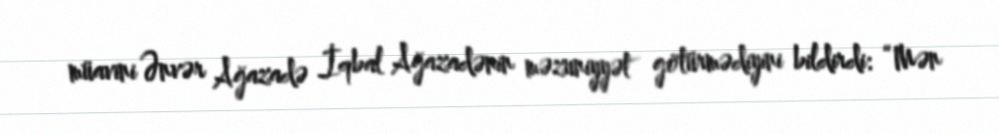
müavini Ənvər Ağazadə İqbal Ağazadənin məzuniyyət götürmədiyini bildirdi: “Mən